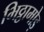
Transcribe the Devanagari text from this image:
भिठ्ठामोड़